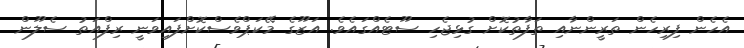
އެހެން ފިރިހެން ތަރީންނާއި ތަފާތުކޮށް ގުޅިޖެހި ސޫޓެއްގައެވެ. އަޒޫގެ މޭކަޕްވެސްކޮށްފައިވަނީ ރިފްއަތު ސެލޫން